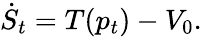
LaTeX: \dot{S}_{t}=T(p_{t})-V_{0}.